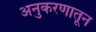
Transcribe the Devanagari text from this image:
अनुकरणातून